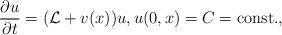
LaTeX: \begin{align*}\frac{\partial u}{\partial t}=(\mathcal L+v(x))u, u(0,x)=C={\rm const.},\end{align*}